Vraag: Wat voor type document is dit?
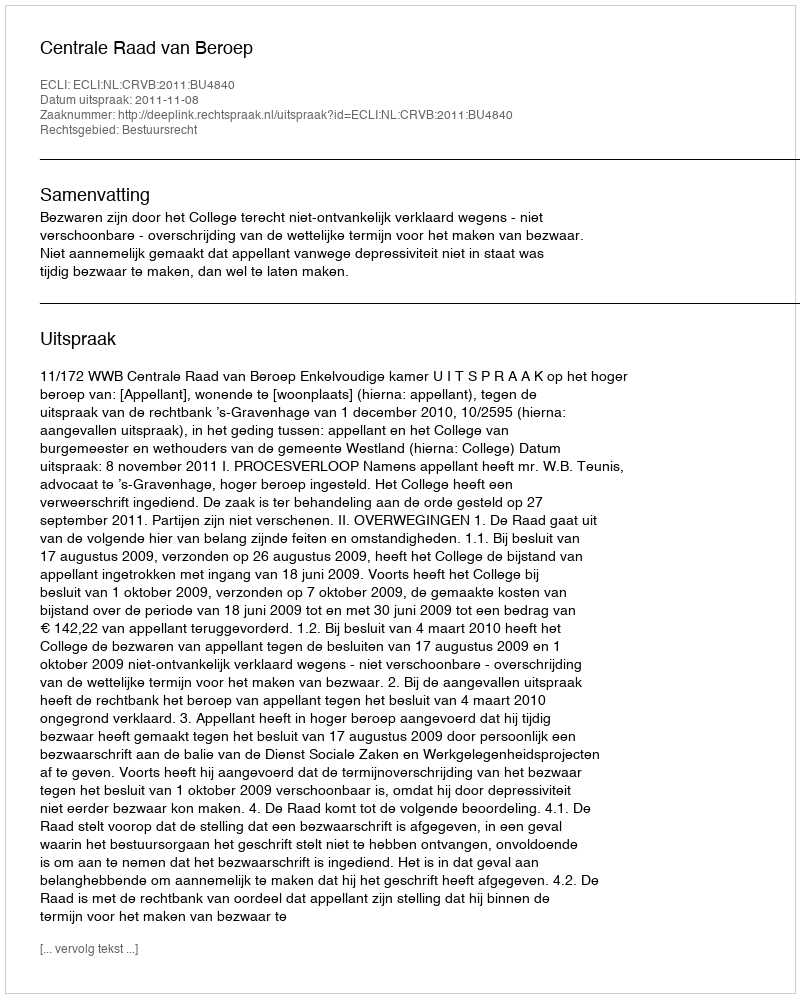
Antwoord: Uitspraak